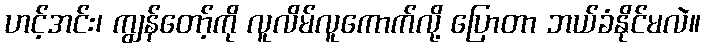
ဟင့်အင်း၊ ကျွန်တော့်ကို လူလိမ်လူကောက်လို့ ပြောတာ ဘယ်ခံနိုင်မလဲ။